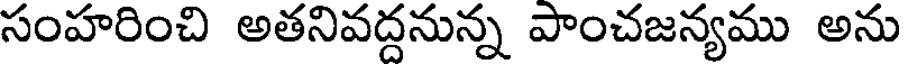
సంహరించి అతనివద్దనున్న పాంచజన్యము అను